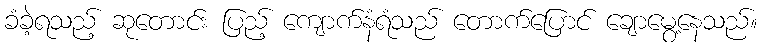
ခံခဲ့ရသည့် ဆုတောင်း ပြည့် ကျောက်နံရံသည် တောက်ပြောင် ချောမွေ့နေသည်။